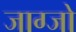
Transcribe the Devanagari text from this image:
जाग्जो